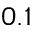
0 . 1